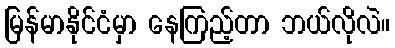
မြန်မာနိုင်ငံမှာ နေကြည့်တာ ဘယ်လိုလဲ။